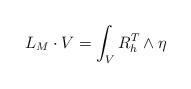
LaTeX: \begin{align*}L_{M}\cdot V=\int_{V}R_{h}^{T}\wedge\eta\end{align*}